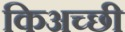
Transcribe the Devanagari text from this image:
किअच्छी